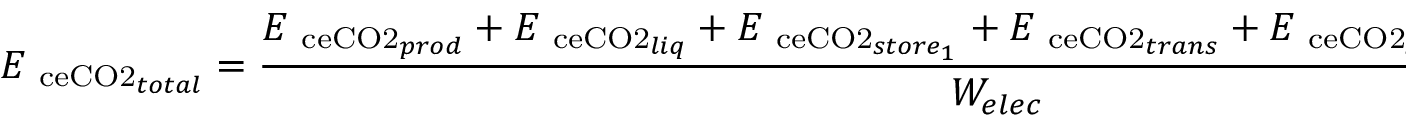
E _ { \mathrm { \ c e { C O 2 } } _ { t o t a l } } = \frac { E _ { \mathrm { \ c e { C O 2 } } _ { p r o d } } + E _ { \mathrm { \ c e { C O 2 } } _ { l i q } } + E _ { \mathrm { \ c e { C O 2 } } _ { s t o r e _ { 1 } } } + E _ { \mathrm { \ c e { C O 2 } } _ { t r a n s } } + E _ { \mathrm { \ c e { C O 2 } } _ { s t o r e _ { 2 } } } + E _ { \mathrm { \ c e { C O 2 } } _ { e l e c } } } { W _ { e l e c } } \ [ \mathrm { k g } _ { \mathrm { \ c e { C O 2 } } \cdot \ \mathrm { k W h } ^ { - 1 } } ] \, .